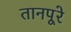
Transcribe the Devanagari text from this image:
तानपूरे